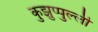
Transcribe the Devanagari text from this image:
कुझुप्पुल्ली